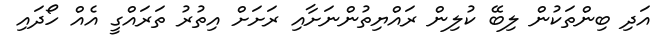
އަދި ބިންތަކުން ލިބޭ ކުލިން ރައްޔިތުންނަށާއި ރަށަށް އިތުރު ތަރައްގީ އެއް ހޯދައި